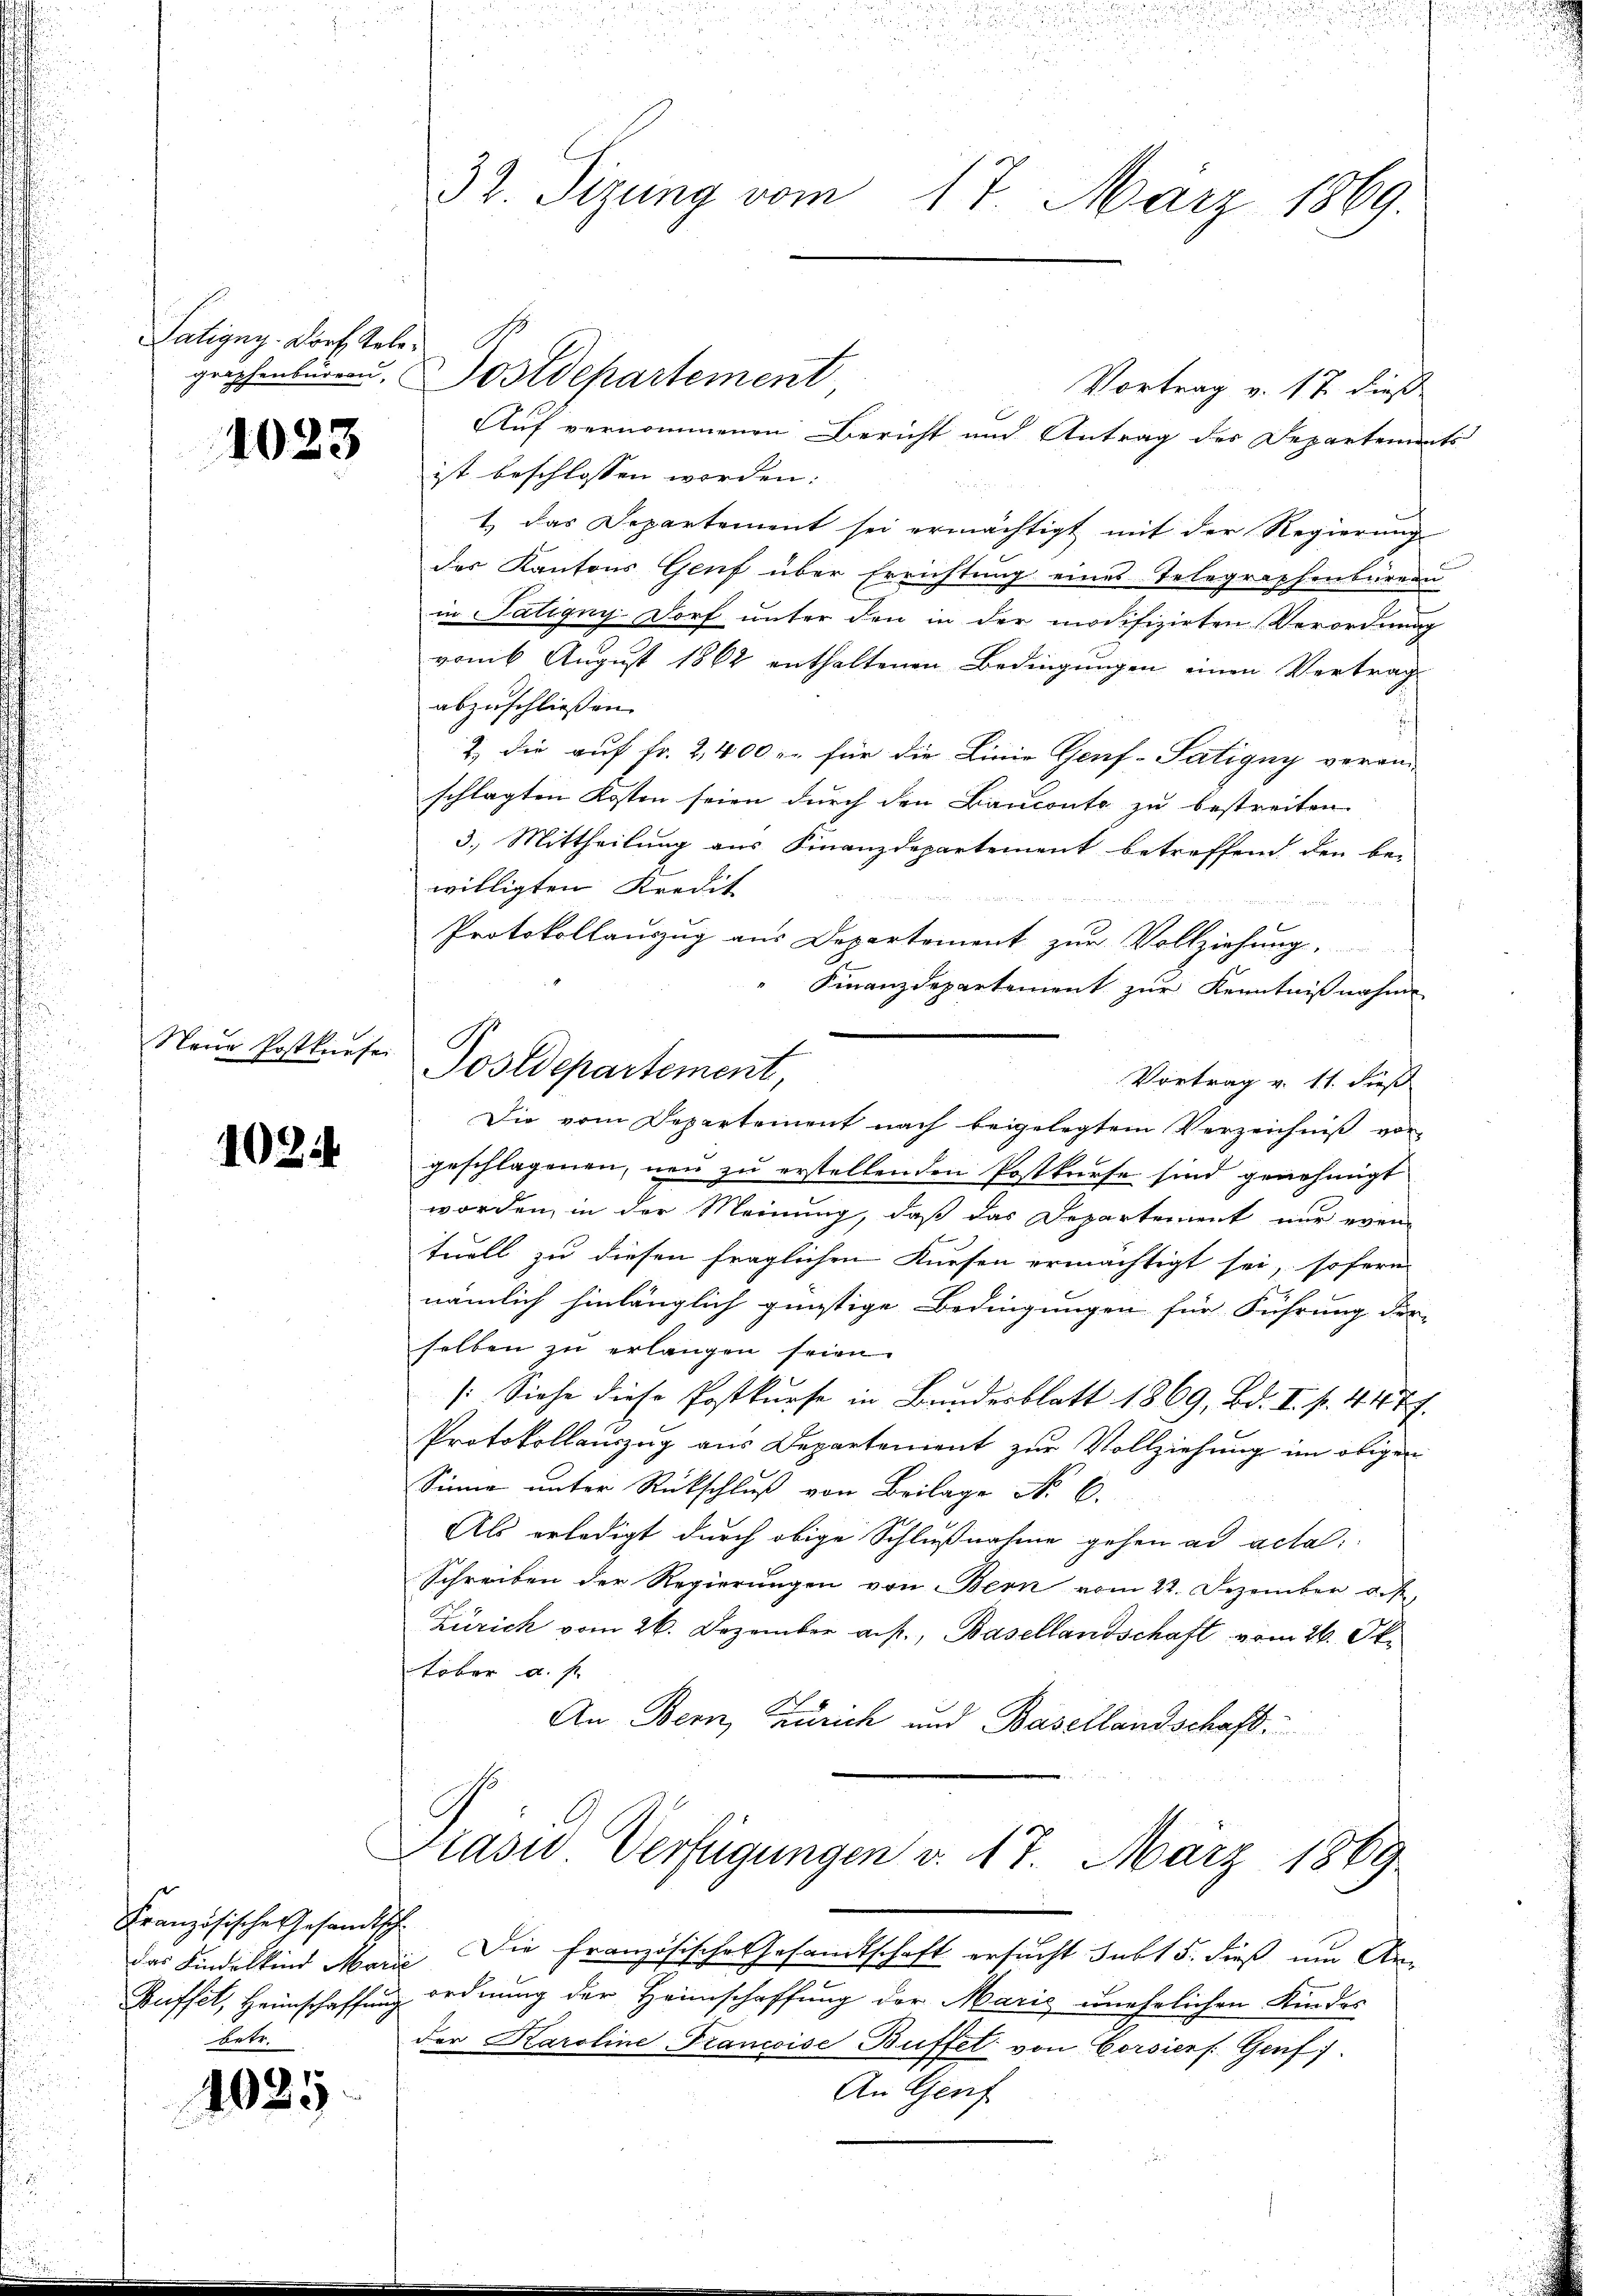
Tatigny- Dorf Gele¬

1023

Neue Postkursei

1024

Französische Gesandtsche
Buffet, Heimschaffung
betr.

1025.

Vortrag v. 17. dieß
Auf vernommenen Bericht und Antrag des Departements
ist beschlossen worden:
1.) Das Departement sei ermächtigt mit der Regierung
des Kantons Genf über Errichtung eines Telegraphenbureau
in Tätigny- Dorf unter den in der modifizirten Verordnung
vom 6 August 1862 enthaltenen Bedingungen einen Vertrag
abzuschließen.
2) die auf Fr. 2,400 r. für die Linie Gerf-Tatigny verain-
schlagten Kosten seien durch den Bauconte zu bestreiten.
3.) Mittheilung aus Finanzdepartement betreffend den be-
willigten Kredit
Protokollauszug aus Departement zur Vollziehung.
Finanzdepartement zur Kenntnißnahm
Postdepartement,
Vortrag v. 11. dieß
Die vom Departement nach beigelegtem Verzeichniß von
geschlagenen, neu zu erstellenden Postkurse sind genehmigt
worden, in der Meinung, daß das Departement nur even-
tuell zu diesen fraglichen Kursen ermächtigt sei, sofern
nämlich hinlänglich günstige Bedingungen für Führung der-
selben zu erlangen seien.
/: Siehe diese Postkurse in Bundesblatt 1869, Bd. I. f. 447.
Protokollauszug aus Departement zur Vollziehung im obigen
Sinne unter Rückschlŭβ von Beilage No E
Als erledigt durch obige Schlußnahme gehen ad acta
Schreiben der Regierungen von Bern vom 22. Dezember auf,
Zürich vom 26. Dezember a.p., Basellandschaft vom 26. Oktober a. s.
An Bern, Zürich und Basellandschaft.

32. Sizung vom 17. März 1869.

geichenbüren Postdepartement

Präsid Verfügungen v. 17. März 1889.

das Kindelkind Marie Die Französische Gesandtschaft ersucht subt 5. dieß um Ar-
ordnung der Heimschaffung der Maris unehelichen Kindes
der Karoline Francoise Buffel von Corsiers. Genf)
An Genf